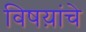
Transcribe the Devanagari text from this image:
विषय़ांचे